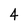
Character: 4